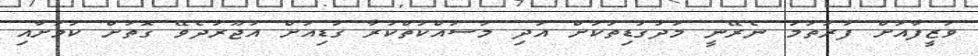
ވަޒީފާއަށް ފުރަތަމަ ނެރޭނީ މަދުގަޑިތަކަށް އަދި މަސައްކަތްކުރާ ގަޑިއަށް އުޖޫރަދެވޭ ގޮތަށް ކަމަށާއި